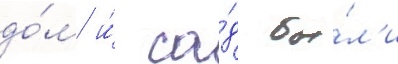
до́м и́ са́д бы́л'и